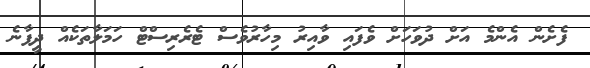
ފެށެން އެންމެ އަށް ދުވަހަށް ވެފައި ވާއިރު މިހާރުވެސް ޓެރެރިސްޓް ހަމަލާތަކެއް ދީފާނެ